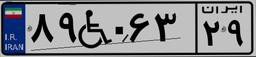
۸۹W۰۶۳۲۹